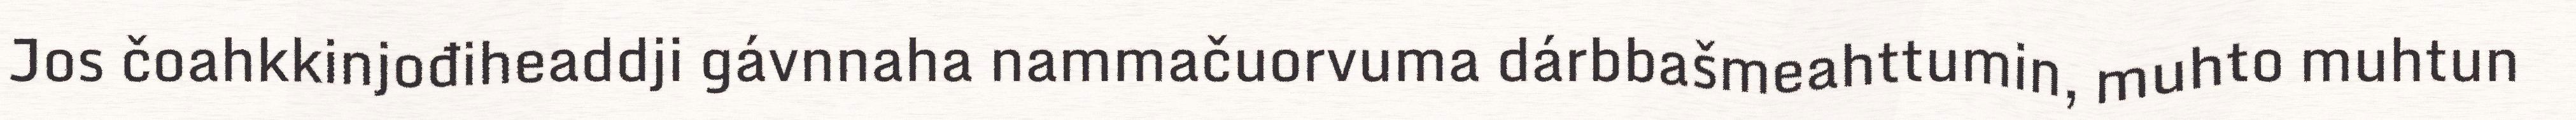
Jos čoahkkinjođiheaddji gávnnaha nammačuorvuma dárbbašmeahttumin, muhto muhtun